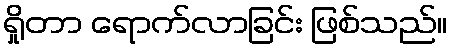
ရှိုတာ ရောက်လာခြင်း ဖြစ်သည်။